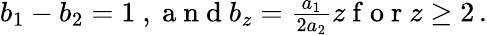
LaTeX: \begin{array}{r}{b_{1}-b_{2}=1\mathrm{~,~a~n~d~}b_{z}=\frac{a_{1}}{2a_{2}}z\mathrm{~f~o~r~}z\ge 2\, .}\end{array}